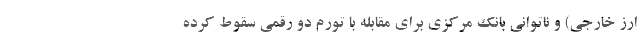
ارز خارجی) و ناتوانی بانک مرکزی برای مقابله با تورم دو رقمی سقوط کرده